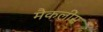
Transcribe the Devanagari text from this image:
मैकलींस